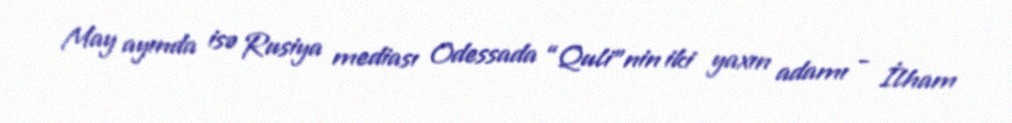
May ayında isə Rusiya mediası Odessada “Quli”nin iki yaxın adamı - İlham